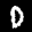
Label: 0